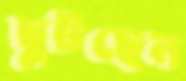
ছুটছেন